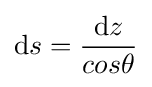
\mathrm {d} s={\frac {\mathrm {d} z}{cos\theta }}